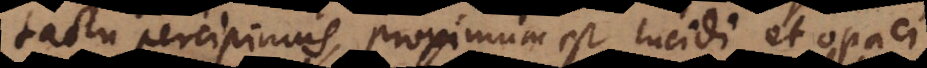
tactu percipimus, proximum est lucidi et opaci